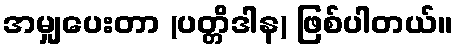
အမျှပေးတာ (ပတ္တိဒါန) ဖြစ်ပါတယ်။